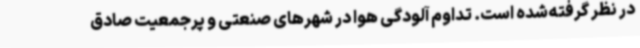
در نظر گرفته‌شده است. تداوم آلودگی هوا در شهرهای صنعتی و پرجمعیت صادق